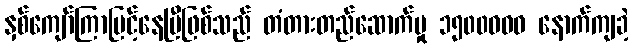
နှစ်ကျော်ကြာမြင့်နေပြီဖြစ်သည် တံတားတည်ဆောက်မှု ၁၅၀၀ဝဝဝ နောက်ကျခဲ့